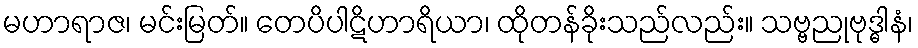
မဟာရာဇ၊ မင်းမြတ်။ တေပိပါဋိဟာရိယာ၊ ထိုတန်ခိုးသည်လည်း။ သဗ္ဗညုဗုဒ္ဓါနံ၊